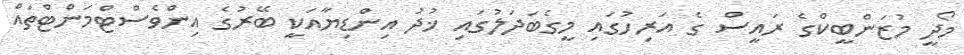
މޯދީ މުޒަންބީކްގެ ރައީސް ގެ އަރިހުގައި މީގެބަދަލުގައި ޚުދު އިންޑިޔާއަކީ ބޭރުގެ އިންވެސްޓްމަންޓްތައް